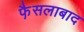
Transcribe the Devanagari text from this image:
फै़सलाबाद